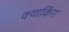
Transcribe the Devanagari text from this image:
क्याकिंग